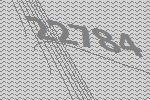
22784